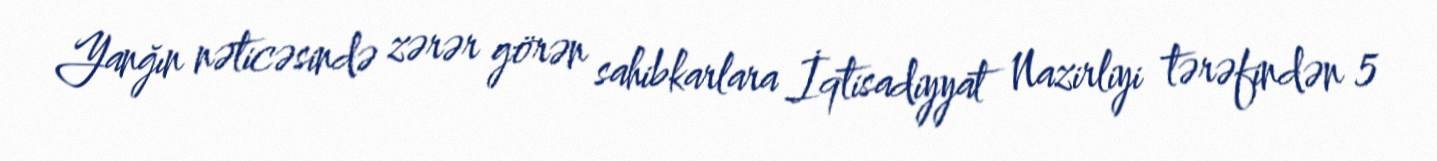
Yanğın nəticəsində zərər görən sahibkarlara İqtisadiyyat Nazirliyi tərəfindən 5